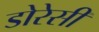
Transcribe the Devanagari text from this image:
डोरेसी